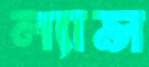
ল্যান্স